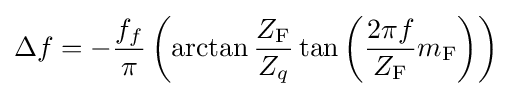
\Delta f=-{\frac {f_{f}}{\pi }}\left(\arctan {\frac {Z_{\mathrm {F} }}{Z_{q}}}\tan \left({\frac {2\pi f}{Z_{\mathrm {F} }}}m_{\mathrm {F} }\right)\right)